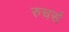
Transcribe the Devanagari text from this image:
रुचर्स